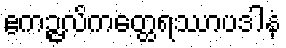
ဧကဉ္ဇလိကတ္ထေရဿာပဒါနံ